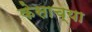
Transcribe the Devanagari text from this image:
केसाच्या